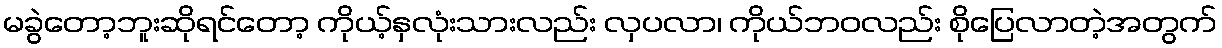
မခွဲတော့ဘူးဆိုရင်တော့ ကိုယ့်နှလုံးသားလည်း လှပလာ၊ ကိုယ်ဘဝလည်း စိုပြေလာတဲ့အတွက်